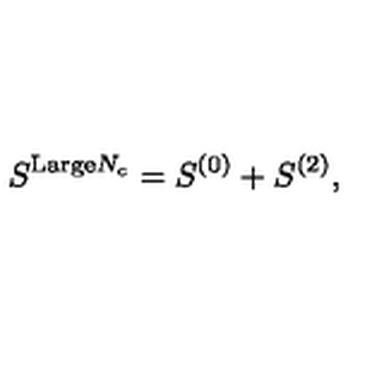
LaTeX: S ^ { \mathrm { L a r g e } N _ { c } } = S ^ { ( 0 ) } + S ^ { ( 2 ) } ,